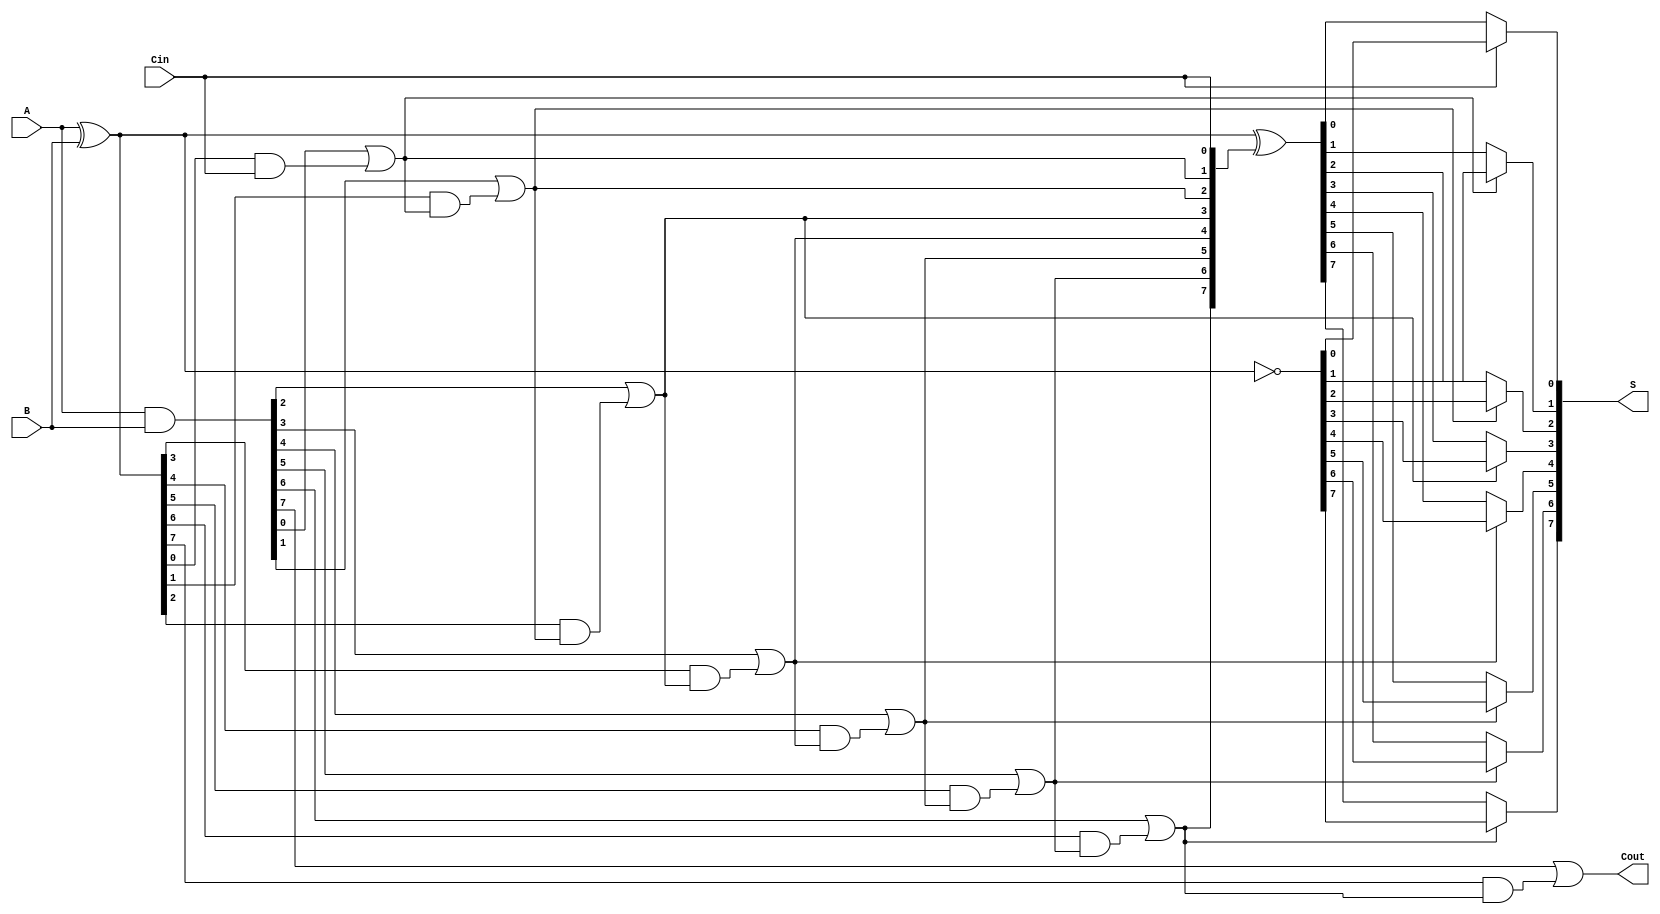
module ConditionalSumAdder #(parameter n = 8) (
    input [n-1:0] A,      // n-bit input A
    input [n-1:0] B,      // n-bit input B
    input Cin,            // Carry-in
    output [n-1:0] S,     // n-bit sum output
    output Cout           // Carry-out
);

    // Generate and Propagate signals
    wire [n-1:0] G; // Generate
    wire [n-1:0] P; // Propagate
    wire [n:0] C;   // Carry signals

    // Generate and Propagate calculations
    assign G = A & B;
    assign P = A ^ B;

    // Carry calculations
    assign C[0] = Cin;
    genvar i;
    generate
        for (i = 1; i <= n; i = i + 1) begin : carry_gen
            assign C[i] = G[i-1] | (P[i-1] & C[i-1]);
        end
    endgenerate

    // Sum calculations
    wire [n-1:0] S0; // Sum if carry is 0
    wire [n-1:0] S1; // Sum if carry is 1

    assign S0 = P ^ C[0:n-1];  // Sum with carry 0
    assign S1 = ~P;             // Sum with carry 1

    // Mux to select the correct sum based on the carry
    generate
        for (i = 0; i < n; i = i + 1) begin : sum_mux
            assign S[i] = C[i] ? S1[i] : S0[i];
        end
    endgenerate

    // Final carry-out
    assign Cout = C[n];

endmodule